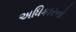
અધિકારનો